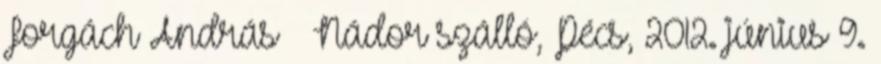
Forgách András Nádor szálló, Pécs, 2012. június 9.